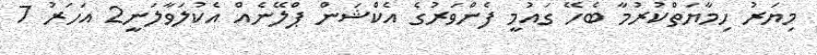
މިޔަރު ހިމާޔަތްކުރުމާ ބެހޭ ގައުމީ ފެންވަރުގެ އެކްޝަން ޕްލޭނެއް އެކުލަވާލަނީ2 އަހަރު 7